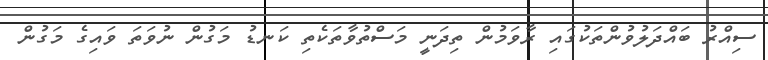
ސިއްރު ބައްދަލުވުންތަކުގައި ރާވަމުން ތިދަނީ މަސްތުވާތަކެތި ކަނޑު މަގުން ނުވަތަ ވައިގެ މަގުން